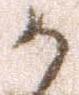
か